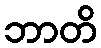
ဘာတိ